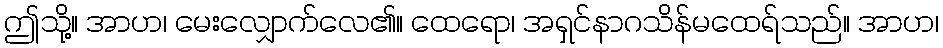
ဤသို့။ အာဟ၊ မေးလျှောက်လေ၏။ ထေရော၊ အရှင်နာဂသိန်မထေရ်သည်။ အာဟ၊